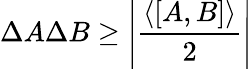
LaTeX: \Delta A\Delta B\geq\left|{\frac{\langle[A,B]\rangle}{2}}\right|